Bréfritari: Halldór Þórðarson
Viðtakandi: Halldór Jónsson
Dagsetning: A-1879-01-17
Skrifað á: Fagradal  N-Múl.

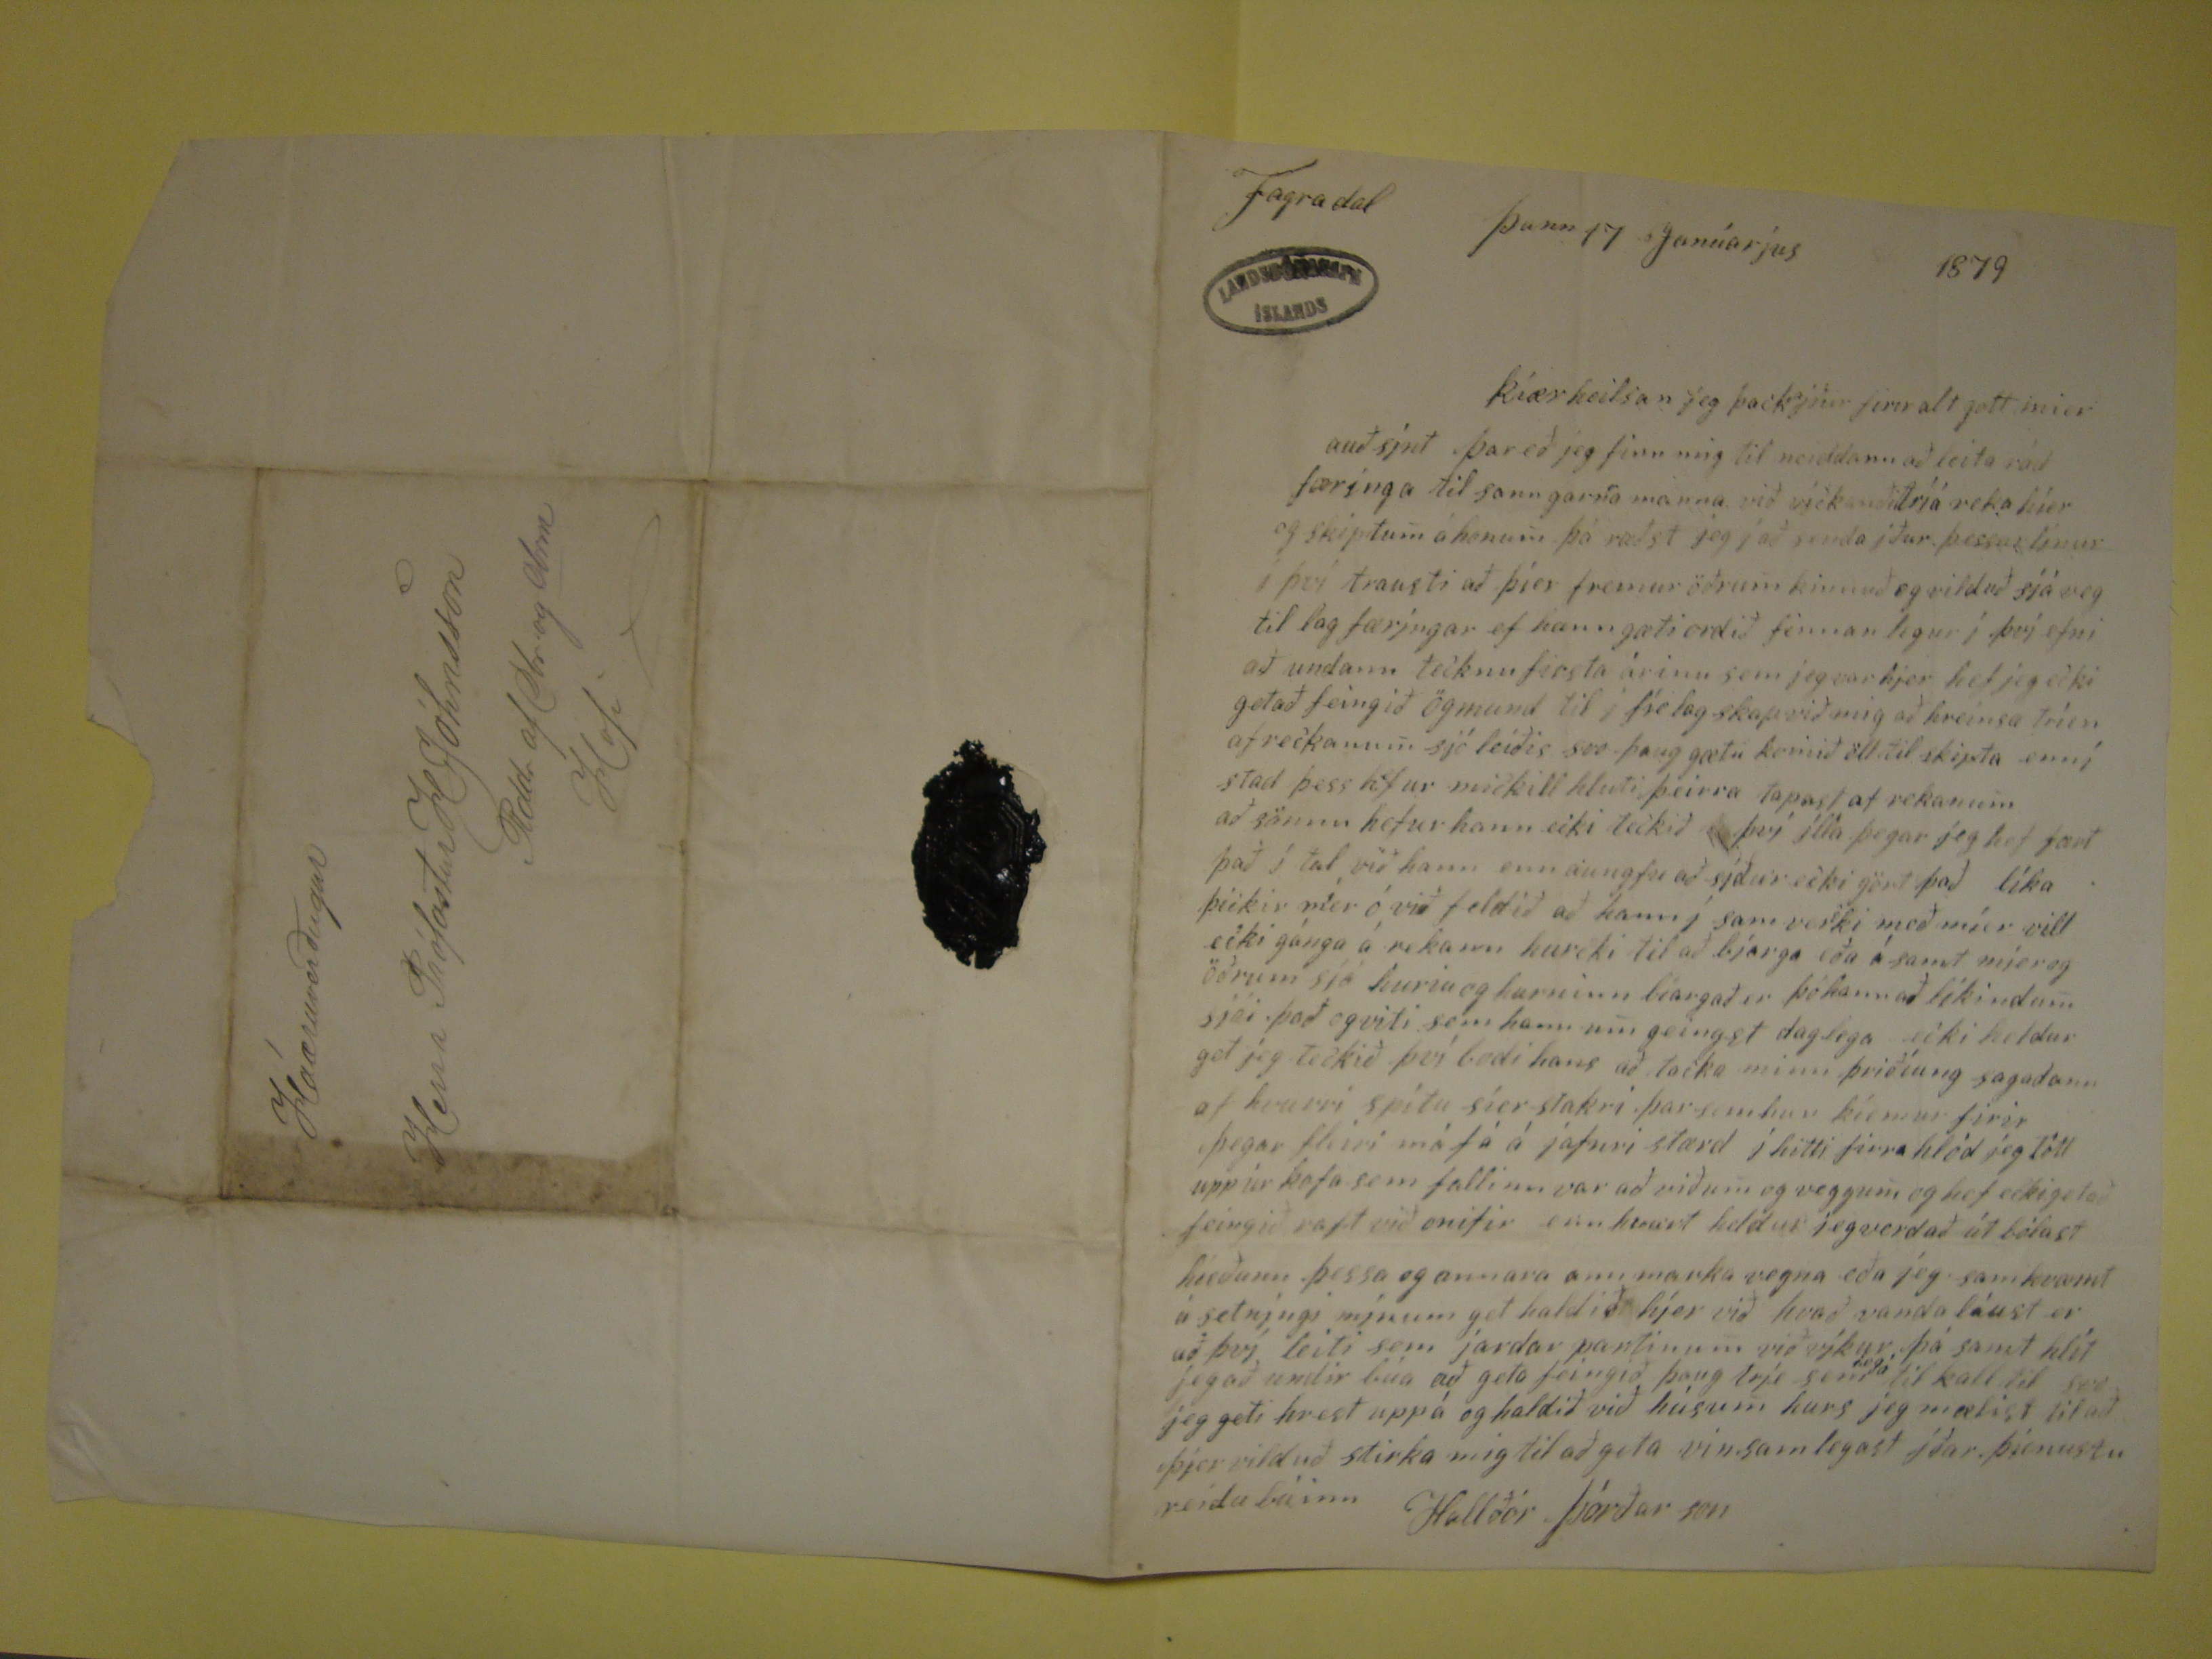

Fagradal þann 17 Janúarjus 1879
Kíærheilsan jeg þack
a
iður firir alt gott mjer auðsínt þar eð jeg finn mig til neiddann að leita rádfærínga
til sanngarn
r
a manna við víckanðitríá reka híer og skiptum á honum þá ræðst jeg í að senda iður. þessar
línur í því trausti að þíer fremru öðrum kinnuð og vilduð sjá veg til lag færingar ef hann gæti ordið finnanlegur í því efni að undann tecknu firsta árinu sem
jeg var hjer her jeg ecki getað feingið Ögmund til i fíelag skap við mig að hreinsa tríen af reckanum sjó leiðis svo þaug gætu komið öll til skipta enní stad þess
h
e
fur mickill hluti þeirra tapast af rekanum að sönnu hefur hann ecki teckið
?? því ílla þegar jeg hef fært það í tal við hann enn aungfer að sídur ecki gört það líka þickir mer ó við feldið að hann í sam verki með míer vill ecki gánga á
rekann kurcki til að bjarga eða á samt mjer og öðrum sjá huriu og hurninn biargað en þó hann að likindum sjái það og viti sem hann um geingst daglega ecki heldur
get jeg teckið því bodi hans að tacka minn þriðíung sagadann af spítu síer stakri þar sem hun kíemur firir þegar fleiri má fá á jafnri stærd í hitti firra hlód jeg
tótt upp úr kofa sem fallinn var að viðum og veggum og hef ecki getað feingið raft við onitir enn hvurt heldur jeg verdað út bólast híeðann þessa og annara ann marka
vegna eða jeg samkvæmt á setníngi mínum get haldið híer við hvað vanda láust er að því leiti sem jardar partinum við víkur þá samt hlít jeg að undir búa að geta
feingið þaug tríe sem
jeg á
til kall til svo jeg geti hrest uppá og haldið við húsum kurs jeg mælist til að þjer
vilduð stirka mig til að geta vinsamlegast iðar þienustu reidubúinn
Hallðór Þórðar son
Háæruverðugur
Herra Prófastur H Jóhnsson
Rddr af Dbr og Obrm
Hofi